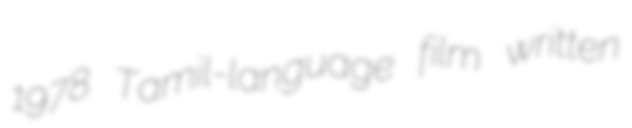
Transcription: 1978 Tamil-language film written